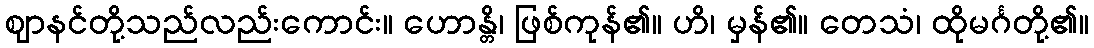
ဈာနင်တို့သည်လည်းကောင်း။ ဟောန္တိ၊ ဖြစ်ကုန်၏။ ဟိ၊ မှန်၏။ တေသံ၊ ထိုမင်္ဂတို့၏။